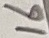
Text: 16